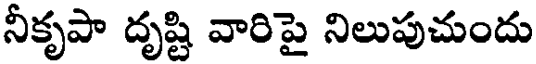
నీకృపా దృష్టి వారిపై నిలుపుచుందు